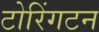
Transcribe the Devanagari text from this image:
टोरिंगटन